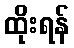
ထိုးရန်